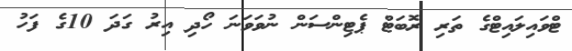
ޓްވައިލައިޓްގެ ތަރި ރޮބަޓް ޕެޓިންސަން ނުވަވަނަ ހޯދި އިރު ގަދަ 10ގެ ފަހު